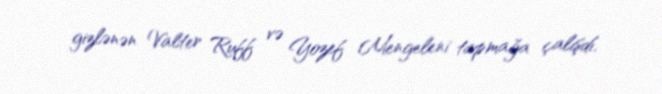
gizlənən Valter Ruff və Yozef Mengeleni tapmağa çalışdı.